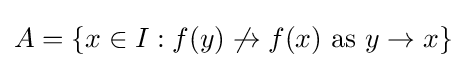
A=\{x\in I:f(y)\not \rightarrow f(x){\text{ as }}y\rightarrow x\}